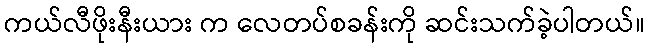
ကယ်လီဖိုးနီးယား က လေတပ်စခန်းကို ဆင်းသက်ခဲ့ပါတယ်။